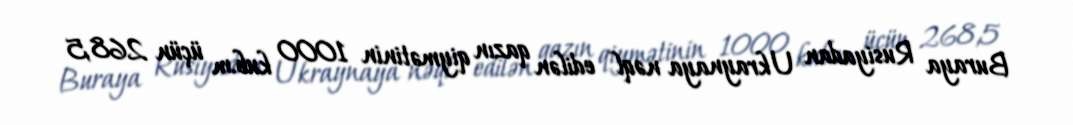
Buraya Rusiyadan Ukraynaya nəql edilən qazın qiymətinin 1000 kub.m üçün 268,5